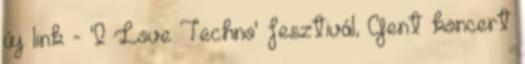
új link - 'I Love Techno' fesztivál, Gent koncert